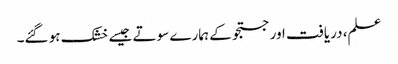
علم، دریافت اور جستجو کے ہمارے سوتے جیسے خشک ہو گئے۔